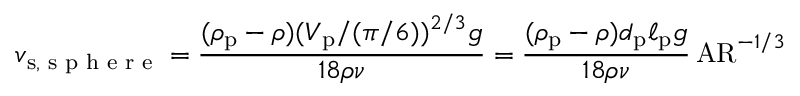
v _ { { \mathrm { s } } , \textrm { s p h e r e } } = \frac { ( \rho _ { \mathrm { p } } - \rho ) ( V _ { \mathrm { p } } / ( \pi / 6 ) ) ^ { 2 / 3 } g } { 1 8 \rho \nu } = \frac { ( \rho _ { \mathrm { p } } - \rho ) d _ { \mathrm { p } } \ell _ { \mathrm { p } } g } { 1 8 \rho \nu } \, \mathrm { A R } ^ { - 1 / 3 }